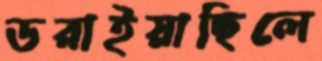
ডরাইয়াছিলে